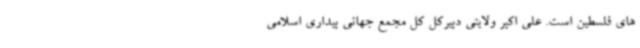
های فلسطین است. علی اکبر ولایتی دبیرکل کل مجمع جهانی بیداری اسلامی